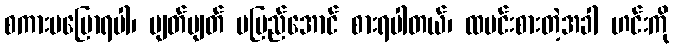
စကားမပြောရပါ၊ ပျတ်ပျတ် မမြည်အောင် စားရပါတယ်၊ ထမင်းစားတဲ့အခါ ဟင်းကို